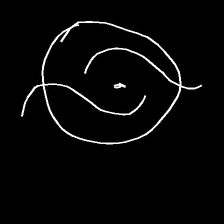
Glyph: repetition